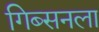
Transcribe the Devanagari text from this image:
गिब्सनला